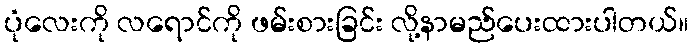
ပုံလေးကို လရောင်ကို ဖမ်းစားခြင်း လို့နာမည်ပေးထားပါတယ်။